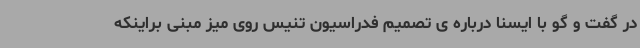
در گفت و گو با ایسنا درباره ی تصمیم فدراسیون تنیس روی میز مبنی براینکه